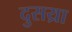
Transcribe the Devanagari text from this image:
दुसय्रा